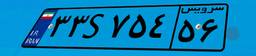
۳۳S۷۵۴۵۶